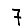
Digit: 7